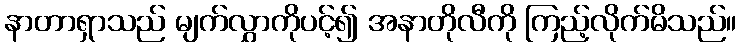
နာတာရှာသည် မျက်လွှာကိုပင့်၍ အနာတိုလီကို ကြည့်လိုက်မိသည်။